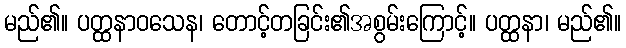
မည်၏။ ပတ္ထနာဝသေန၊ တောင့်တခြင်း၏အစွမ်းကြောင့်။ ပတ္ထနာ၊ မည်၏။